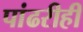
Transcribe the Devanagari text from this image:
पांढरीही